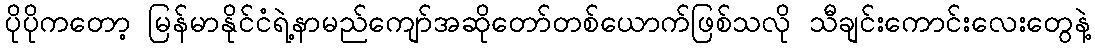
ပိုပိုကတော့ မြန်မာနိုင်ငံရဲ့နာမည်ကျော်အဆိုတော်တစ်ယောက်ဖြစ်သလို သီချင်းကောင်းလေးတွေနဲ့